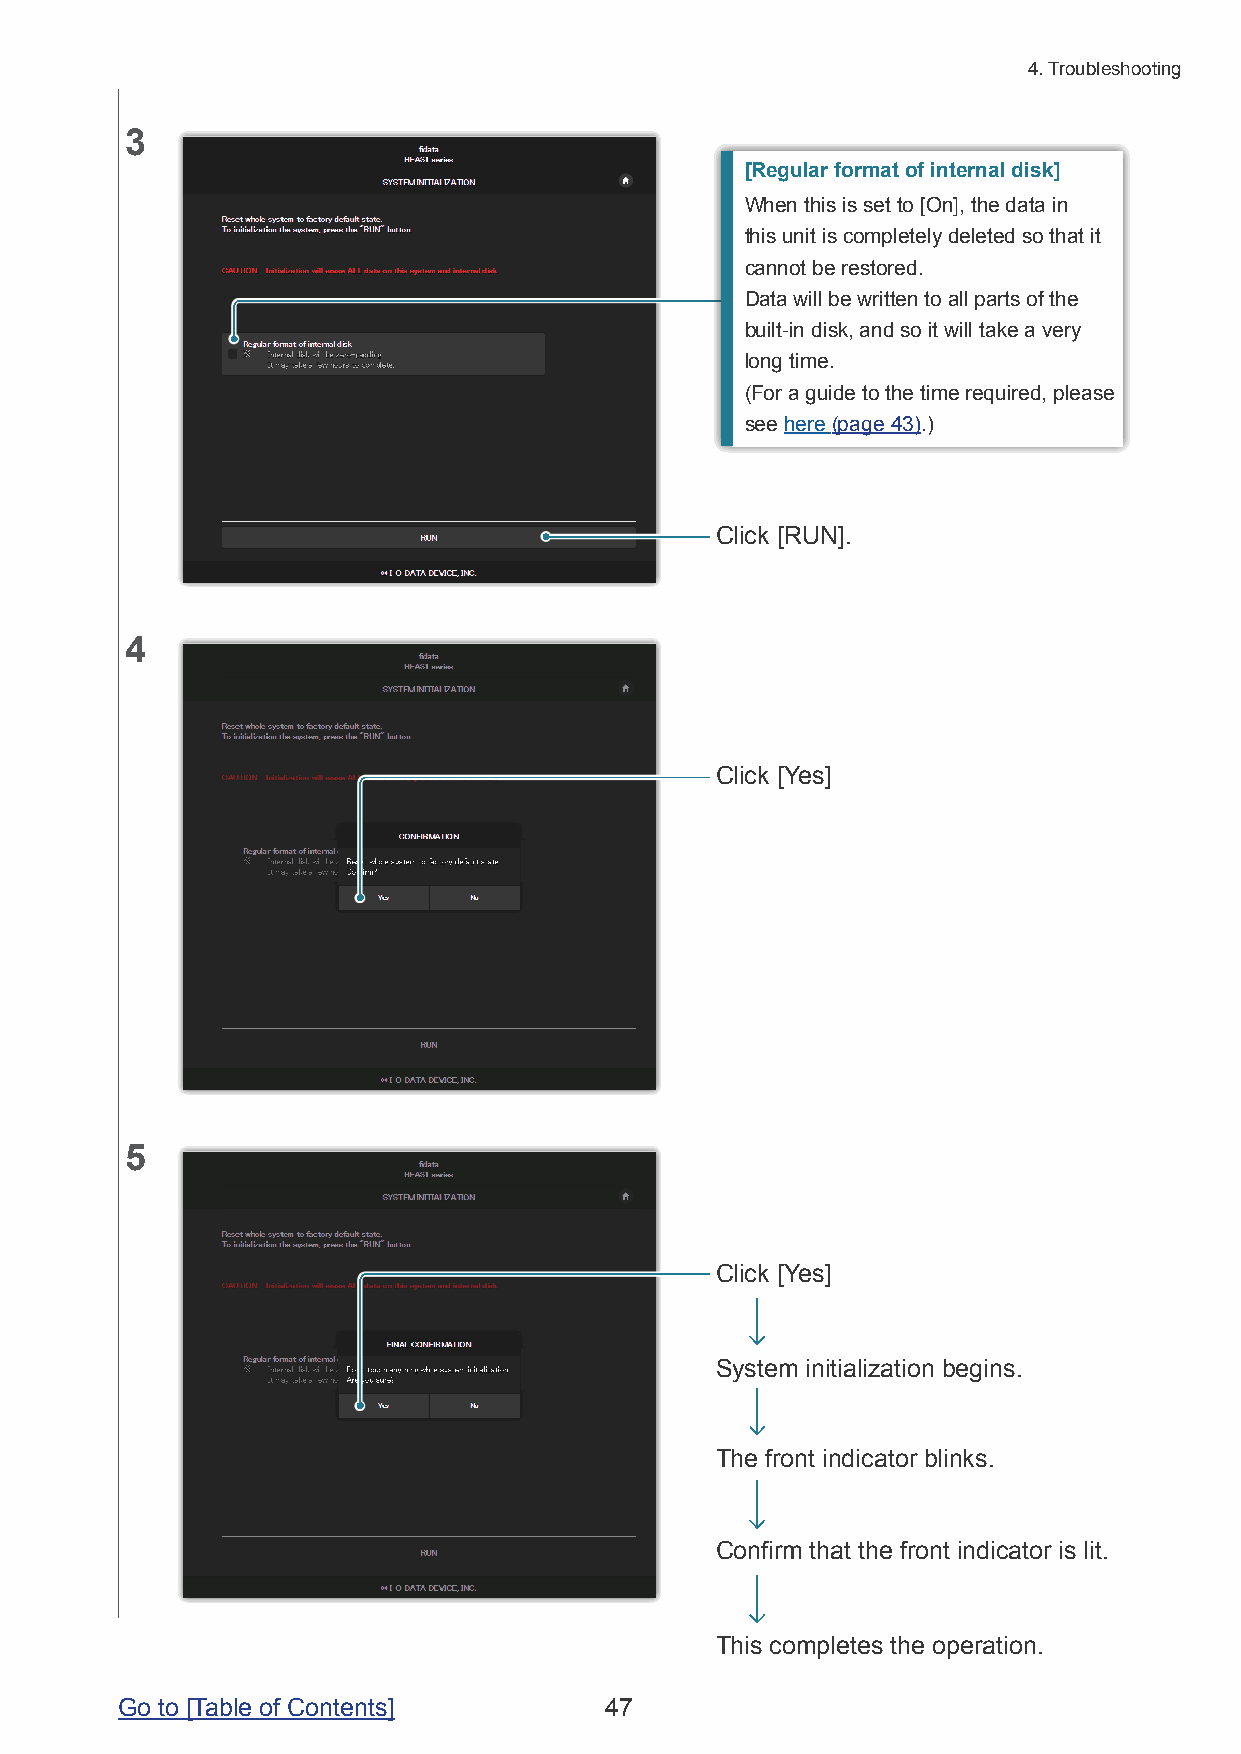
4. Troubleshooting
 3
 [Regular format of internal disk]
 When this is set to [On], the data in
 this unit is completely deleted so that it
 cannot be restored.
 Data will be written to all parts of the
 built-in disk, and so it will take a very
 long time.
 (For a guide to the time required, please
 see here (page 43).)
 Click [RUN].
 4
 Click [Yes]
 5
 Click [Yes]
 System initialization begins.
 The front indicator blinks.
 Confirm that the front indicator is lit.
 This completes the operation.
 Go to [Table of Contents]       47